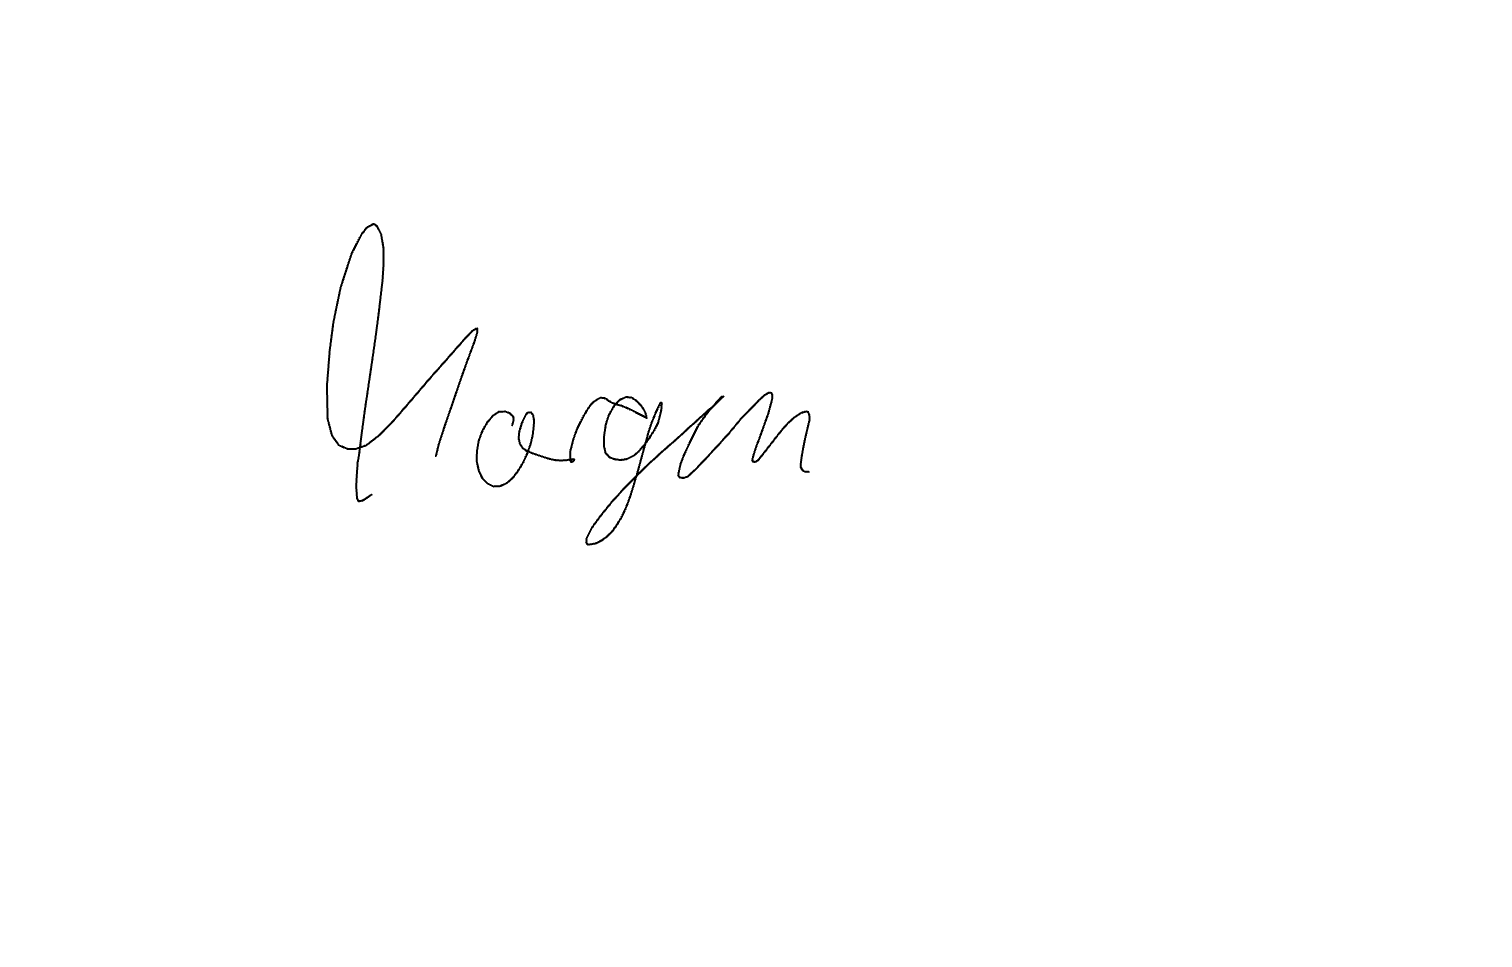
Text: Morgen